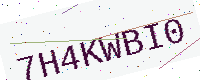
Text: 7H4KWBI0